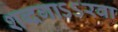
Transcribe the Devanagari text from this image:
शब्दगाऽऽरवा